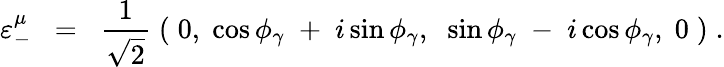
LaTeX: \varepsilon_{-}^{\mu}\; \; =\; \; \frac{1}{\sqrt{2}}\; (\; 0,\; \cos\phi_{\gamma}\; +\; i\sin\phi_{\gamma},\; \; \sin\phi_{\gamma}\; -\; i\cos\phi_{\gamma},\; 0\; )\; .